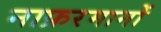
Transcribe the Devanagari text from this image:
नाफ़रमानों